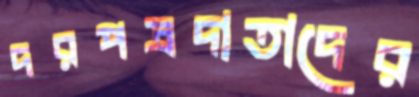
দরপত্রদাতাদের